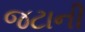
જટાની